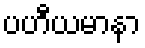
ပဟီယမာနာ